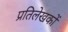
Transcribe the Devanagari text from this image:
प्रतिलेखकों